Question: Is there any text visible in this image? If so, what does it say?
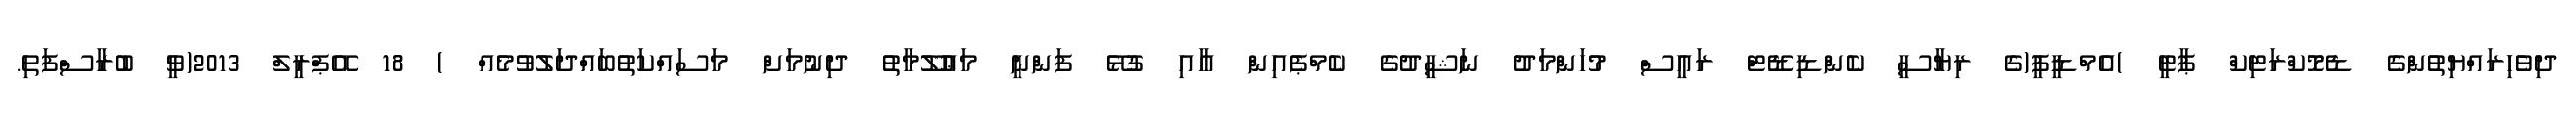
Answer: ދިވެހިރައްޔިތުންގެ ޑެމޮކްރަޓިކް ޕާޓީ )އެމްޑީޕީ(ގެ ރިޔާސީ ކެންޑިޑޭޓް ރައީސް މުހަންމަދު ނަޝީދުގެ ކެމްޕެއިން އާއި ގުޅޭ ފަންނީ މަޢުލޫމާތު ދިނުމަށް މަސައްކަތުބައްދަލުވުމެއް ) 18 އޭޕްރީލް 2013(ވީ ބުރާސްފަތި.